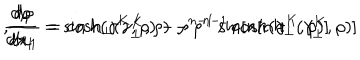
LaTeX: \frac { d \rho } { d x _ { 1 } } = \sin h ( \gamma ^ { K } , \rho ) - \rho ^ { n - 1 } \sin [ n h ( \gamma ^ { K } , \rho ) ] \hspace { 0 . 4 c m } , \hspace { 0 . 4 c m } \frac { d \rho } { d x _ { 1 } } = \cosh _ { \perp } ( \gamma _ { \perp } ^ { K } , \rho ) - \rho ^ { n - 1 } \cos [ n h _ { \perp } ( \gamma _ { \perp } ^ { K } , \rho ) ]